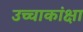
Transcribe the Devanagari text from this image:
उच्चाकांक्षा